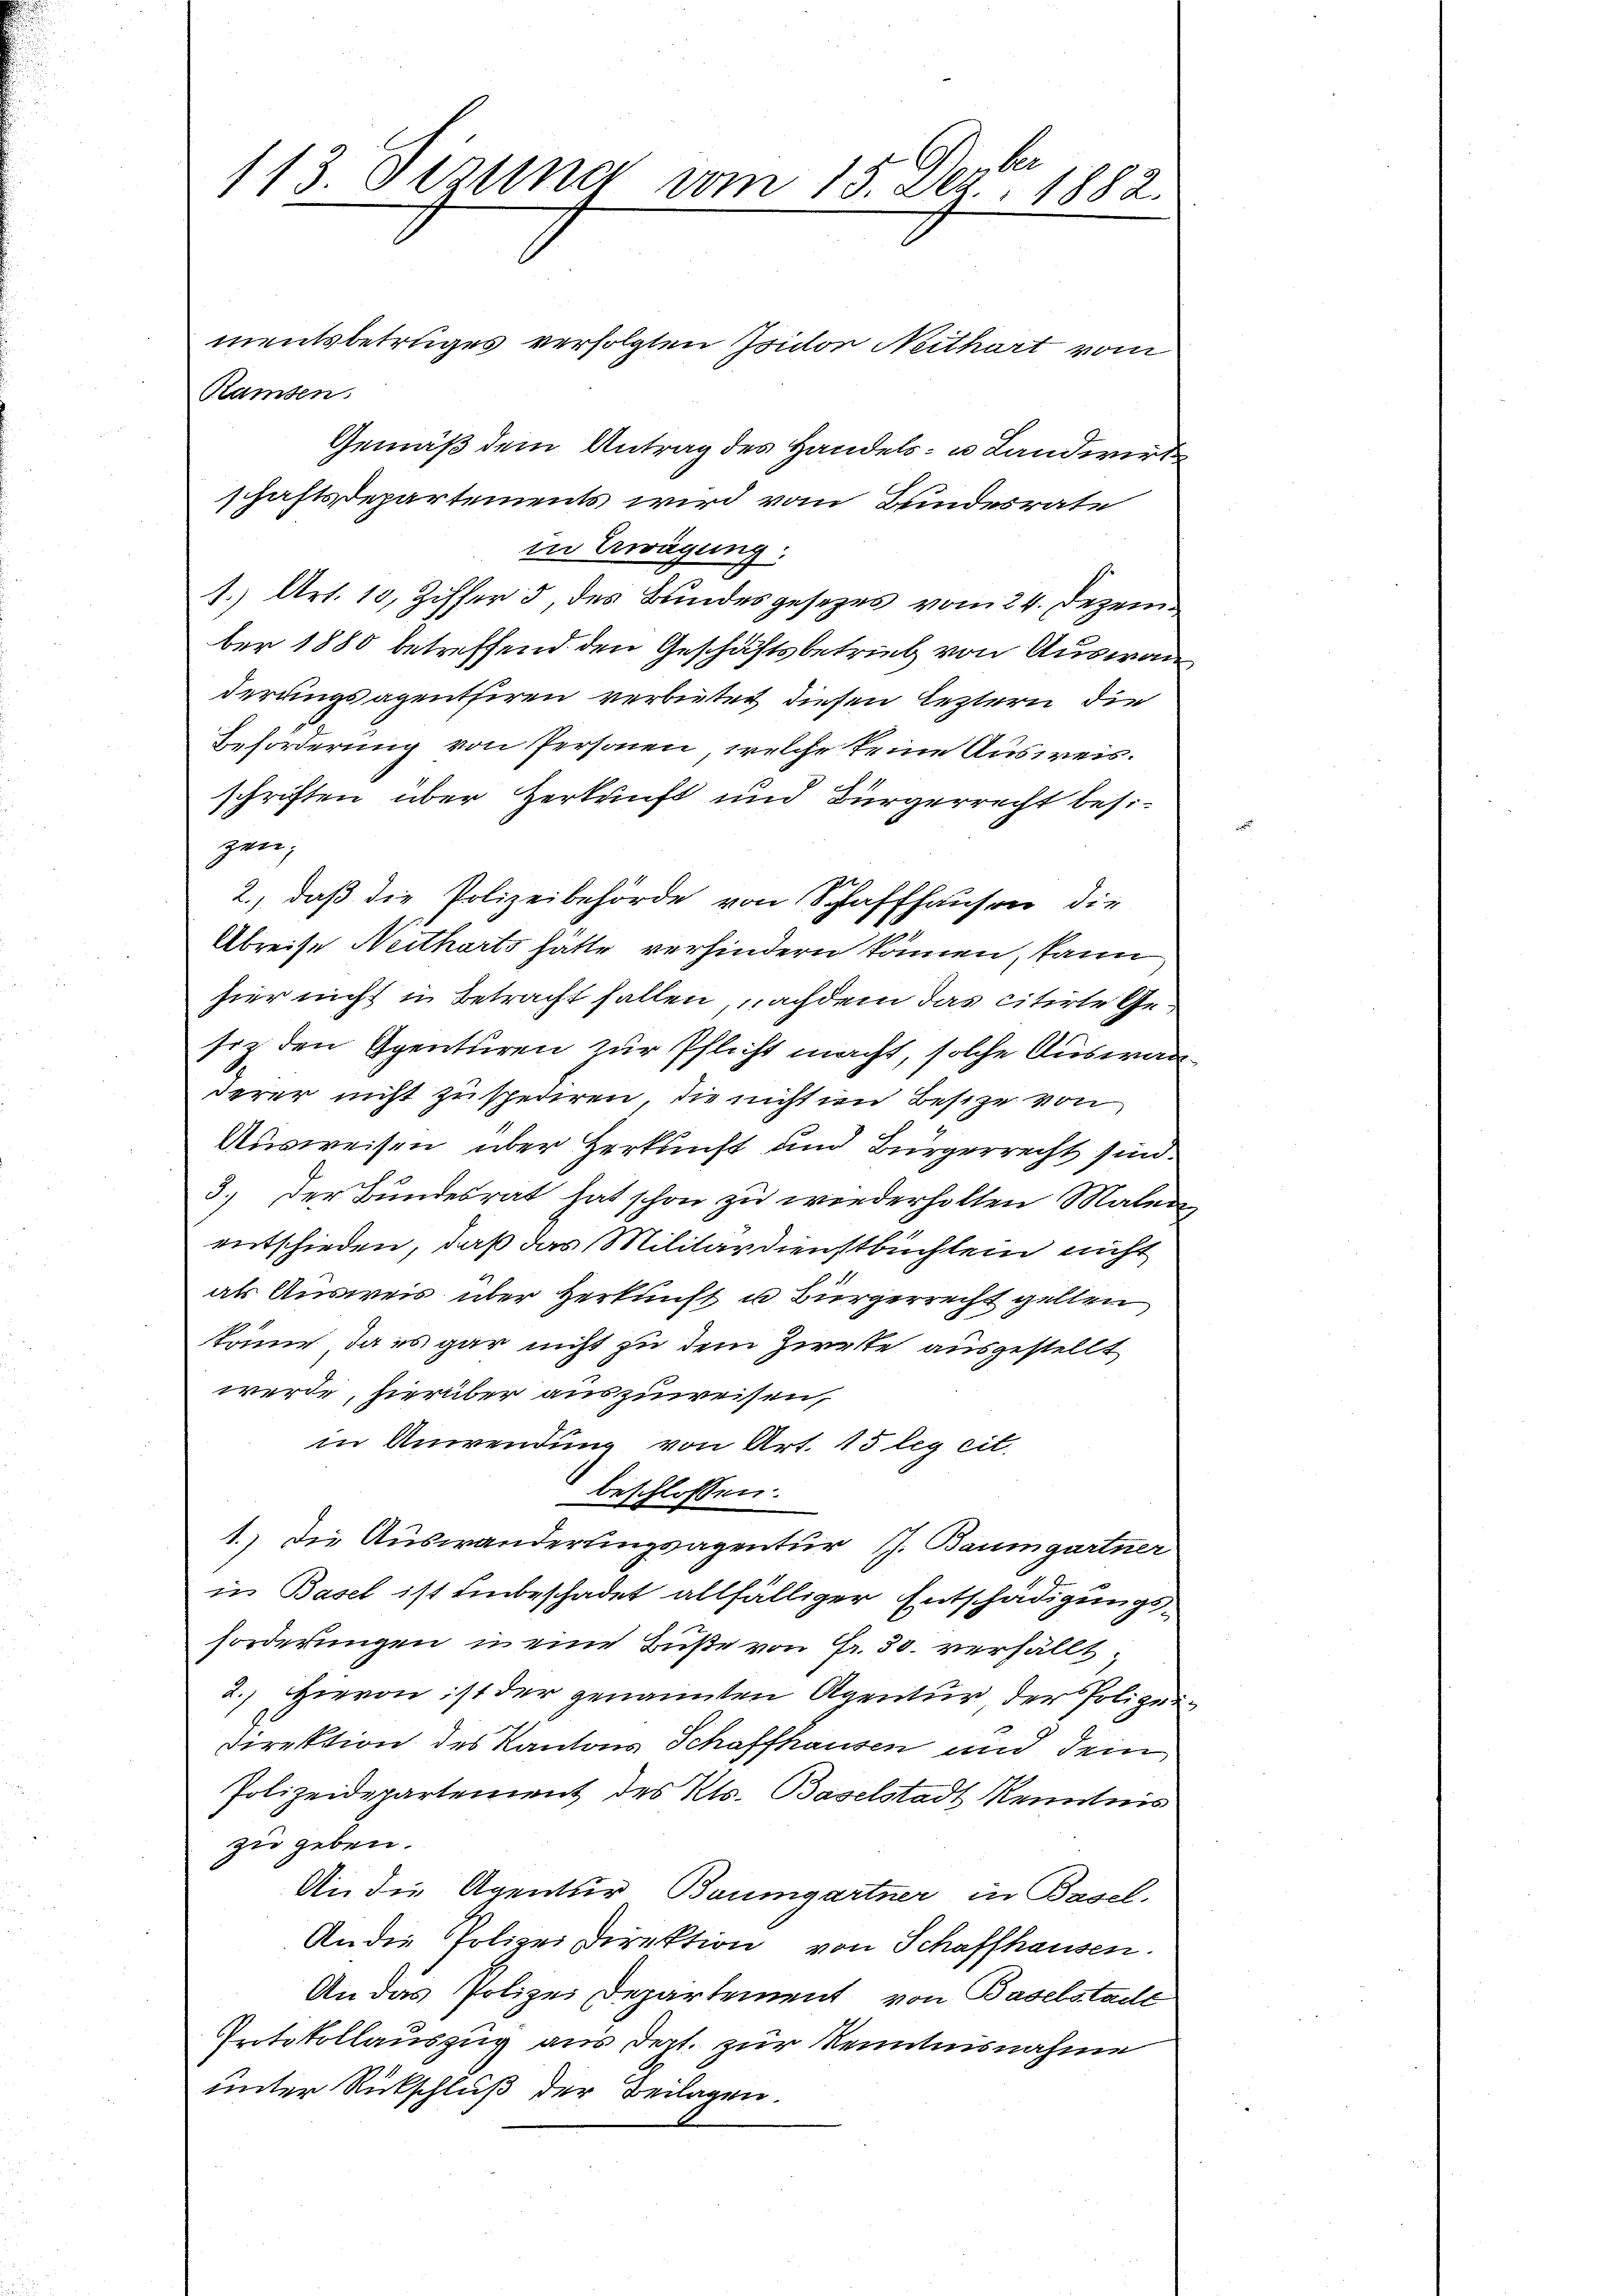
113. Sizung vom 15. Dez. 1882.

mentsbetrtiges verfolgten Isidor Neithart vom
Ramsen.
Gemäß dem Antrag des Handels- u Landwirt
schaftsdepartements wird vom Bundesrate
in Erwägung:
1.) Art. 10, Ziffer 3, des Bundesgesetzes vom 24. Dezember 1880 betreffend den Geschäftsbetrieb von Auswan
derungsagentiren verbietet diesen leztern die
Beförderung von Personen, welche keine Ausweis.
schriften über Herkunft und Bürgerrecht besizen.
2., daß die Polizeibehörde von Schaffhausen, die
Abreise Neitharts hätte verhindern können, kann
hier nicht in Betracht fallen, nachdem das citirte Gesiz den Agenturen zur Pflicht macht, solche Auswanderer nicht zu spediren, die nicht im Besitze von
Ausweisen über Herkunft und Bürgerrecht sind.
3.) Der Bundesrat hat schon zu wiederholten Malen
entschieden, daß das Militärdienstbuchlein nicht
als Ausweis über Herkunft u Bürgerrecht gelten
könne, da es gar nicht zu dem Zwecke ausgestellt
werde, hierüber auszuweisen,
in Anwendung von Art. 15 leg cit.
beschlossen:
1.) Die Auswanderungsagentur I. Baumgartner
in Basel ist unbeschadet allfälliger Entschädigungsforderungen in eine Buße von Fr. 30. verfällt;
2.) Hievon ist der genannten Agentur der Polizei¬
Direktion des Kantons Schaffhausen und dein
Polizeidepartement des Kts. Baselstadt Kenntnis
zu geben.
An die Agentur Baumgartner in Basel.
An die Polizei Direktion von Schaffhausen.
An das Polizei Departement, von Baselstadt
Intokollauszug aus dert. zur Kenntnisnahme
unter Rückschluß der Beilagen.